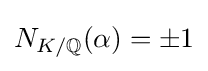
N_{K/\mathbb {Q} }(\alpha )=\pm 1